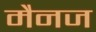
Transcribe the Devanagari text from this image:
मैनज